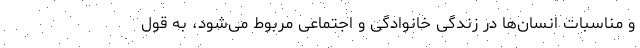
و مناسبات انسان‌ها در زندگی خانوادگی و اجتماعی مربوط می‌شود، به قول